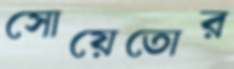
সোয়েতোর